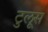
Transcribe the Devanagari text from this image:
टुलूस